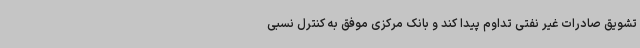
تشویق صادرات غیر نفتی تداوم پیدا کند و بانک مرکزی موفق به کنترل نسبی